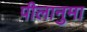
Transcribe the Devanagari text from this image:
पीलानुमा